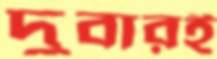
দুবারই